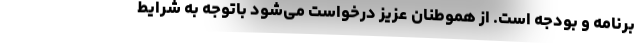
برنامه و بودجه است. از هموطنان عزیز درخواست می‌شود باتوجه به شرایط